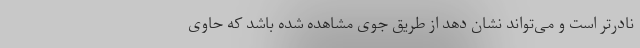
نادرتر است و می‌تواند نشان دهد از طریق جوی مشاهده شده باشد که حاوی